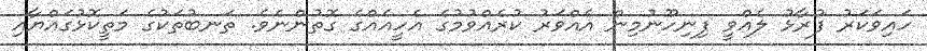
ހައިވަކަރު ފުރާޅު ލެއްވީ ފިނިހޫނުމިން އެއްވަރު ކުރެއްވުމުގެ އެހީއެއްގެ ގޮތުންނެވެ. ތަނބުތަކުގެ މަތީކޮޅުގައްޔާއި